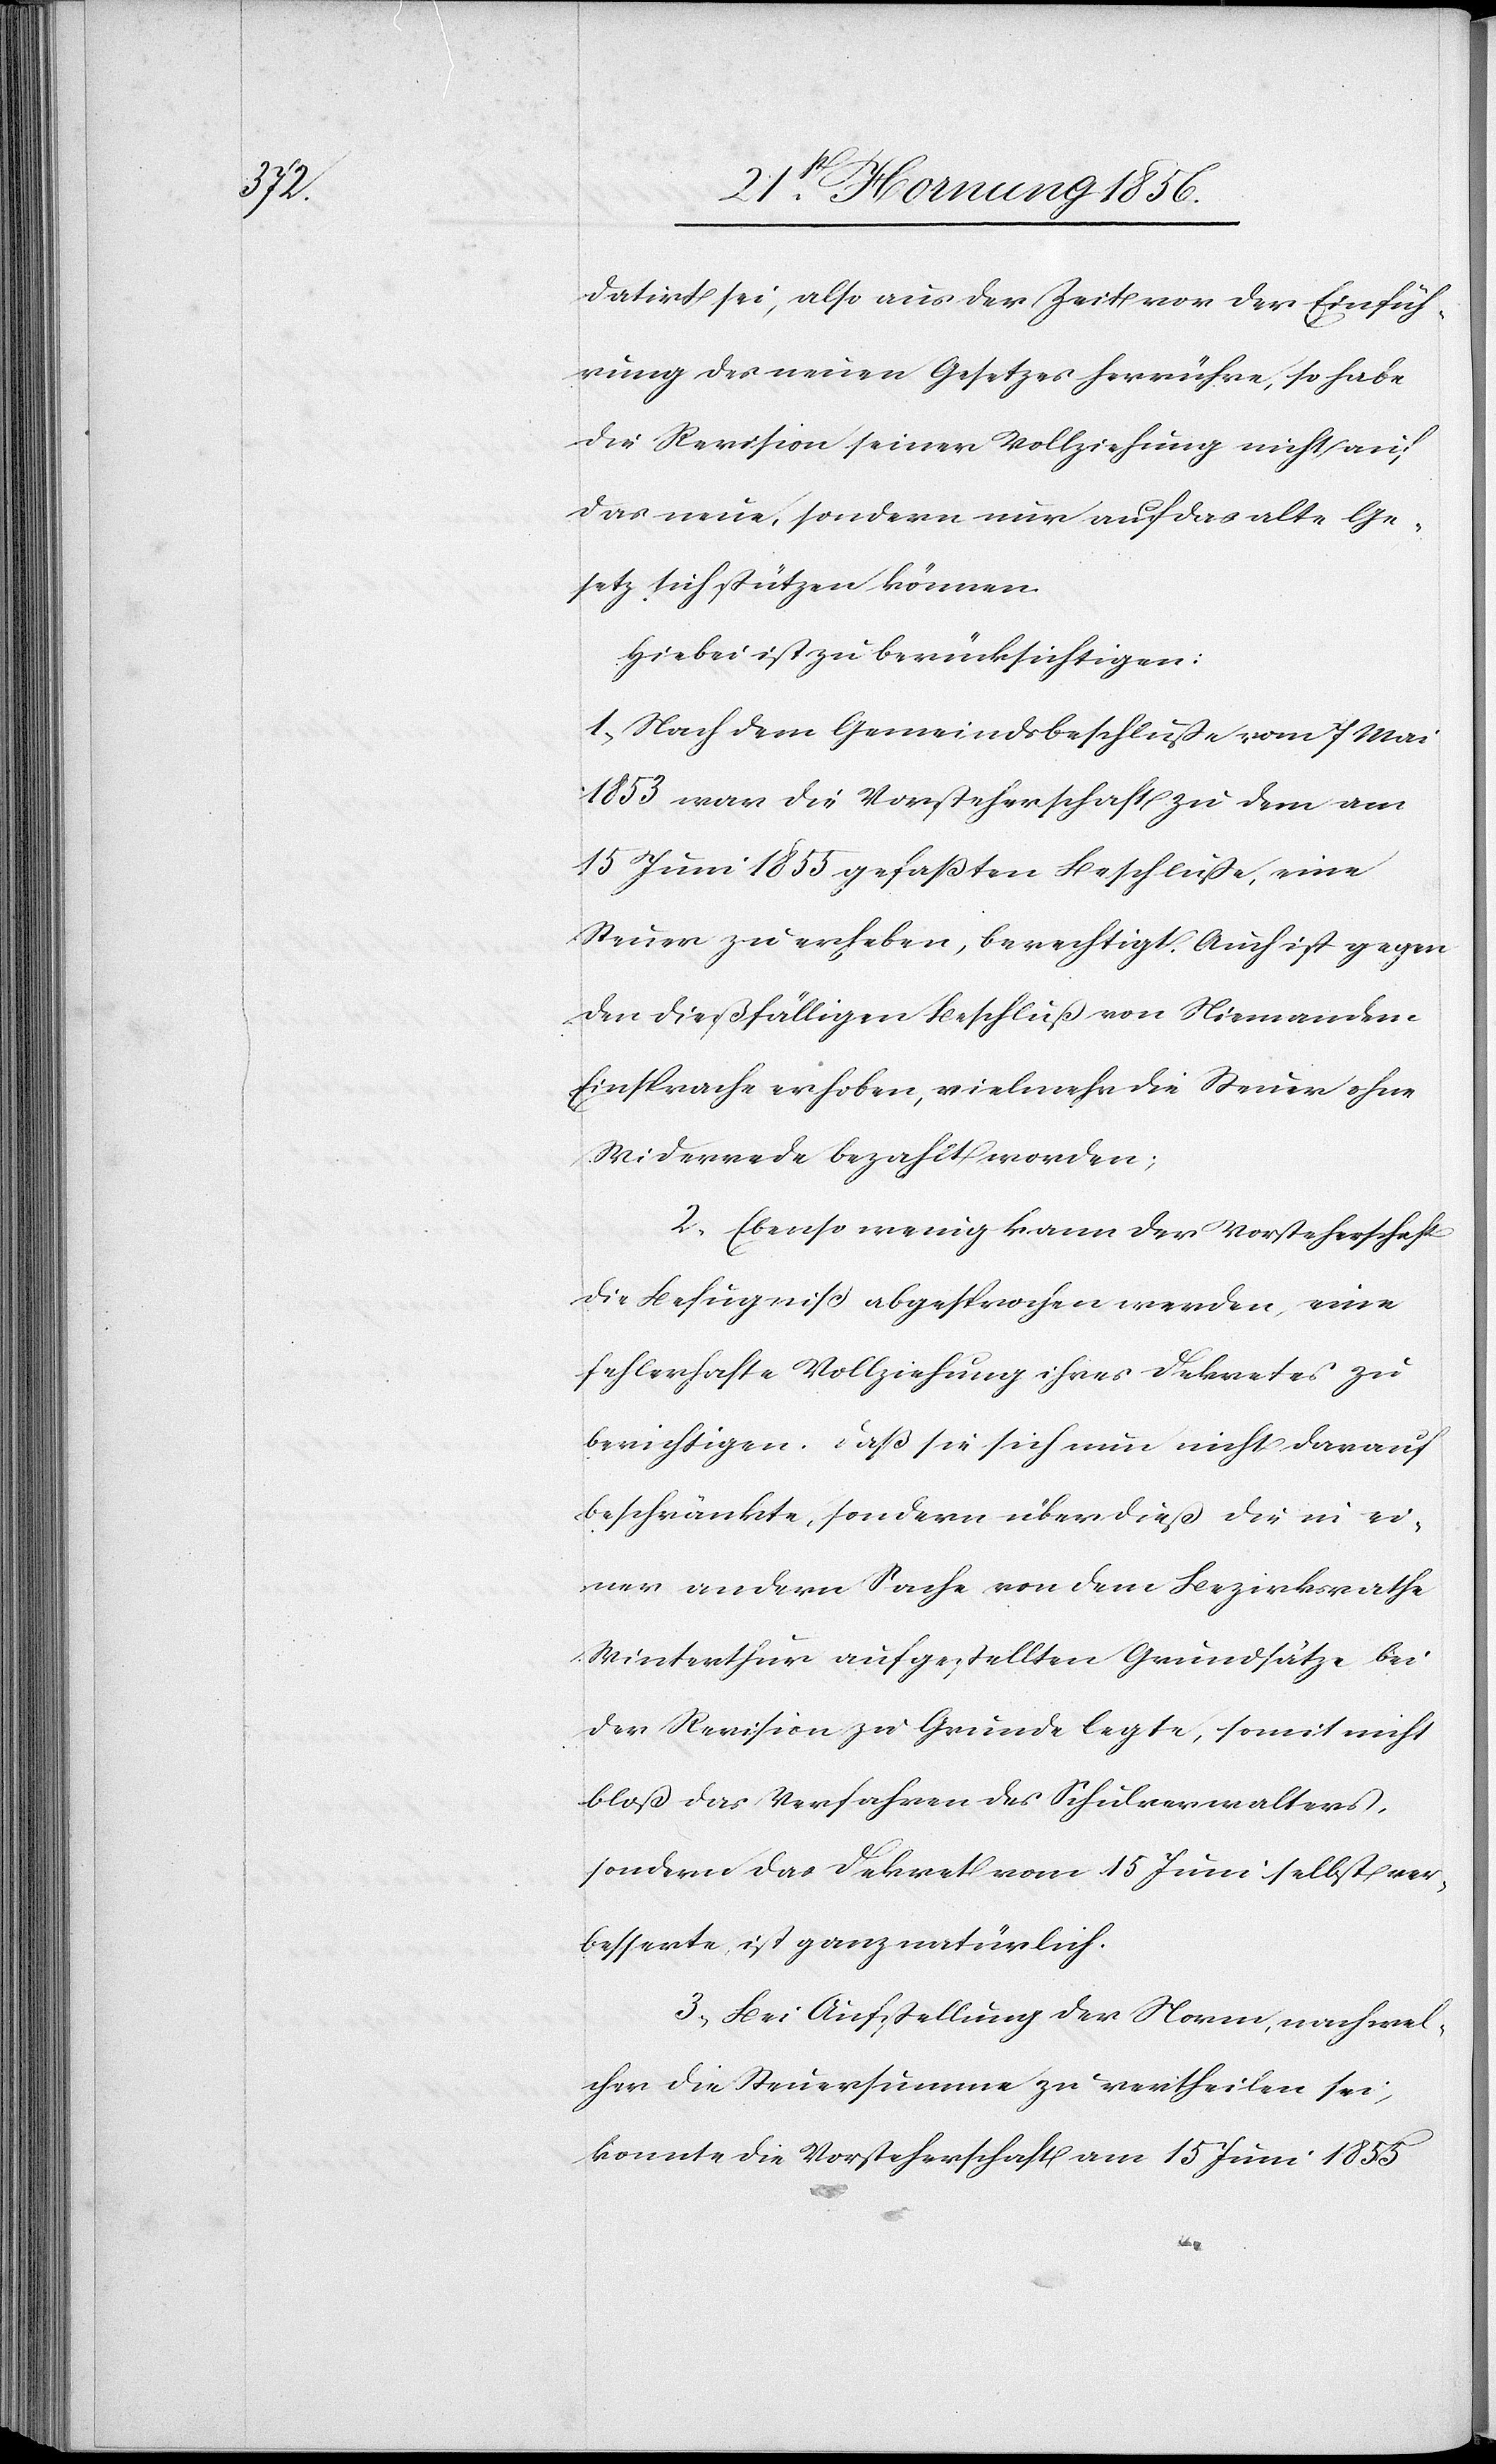
datirt sei, also aus der Zeit vor der Einfüh¬
rung des neuen Gesetzes herrühre, so habe
die Revision seiner Vollziehung nicht auf
das neue, sondern nur auf das alte Ge¬
setz sich stützen können.
Hiebei ist zu berücksichtigen:
1., Nach dem Gemeindsbeschluße vom 7 Mai
1853 war die Vorsteherschaft zu dem am
15 Juni 1855 gefaßten Beschluße, eine
Steuer zu erheben, berechtigt. Auch ist gegen
den dießfälligen Beschluß von Niemandem
Einsprache erhoben, vielmehr die Steuer ohne
Widerrede bezahlt worden;
2., Ebenso wenig kann der Vorsteherschaft
die Befugniß abgesprochen werden, eine
fehlerhafte Vollziehung ihres Dekretes zu
berichtigen. Das sie sich nun nicht darauf
beschränkte, sondern über dieß die in ei¬
ner andern Sache von dem Bezirksrathe
Winterthur aufgestellten Grundsätze bei
der Revision zu Grund legte, somit nicht
bloß das Verfahren des Schulverwalters,
sondern das Dekret vom 15 Juni selbst ver¬
besserte, ist ganz natürlich.
3., Bei Aufstellung der Norm, nach wel¬
cher die Steuersumme zu vertheilen sei,
konnte die Vorsteherschaft am 15 Juni 1855